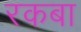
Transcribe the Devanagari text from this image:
रकबा